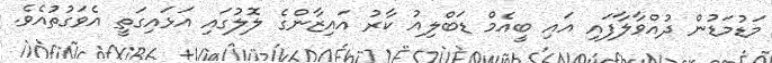
މަޑުމަޑުން ދުއްވާލާފައި އައި ބީއެމް ޑަބްލިއު ކާރު އައިޒާންގެ ލޮލުގައި އަޅައިގަތީ އެވަގުތުއެވެ.